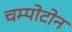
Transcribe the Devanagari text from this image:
चम्पोटोन